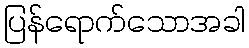
ပြန်ရောက်သောအခါ